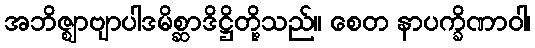
အဘိဇ္ဈာဗျာပါဒမိစ္ဆာဒိဋ္ဌိတို့သည်။ စေတ နာပက္ခိဏာဝါ၊